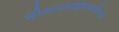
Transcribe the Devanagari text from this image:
सीआरआईएसपीआर